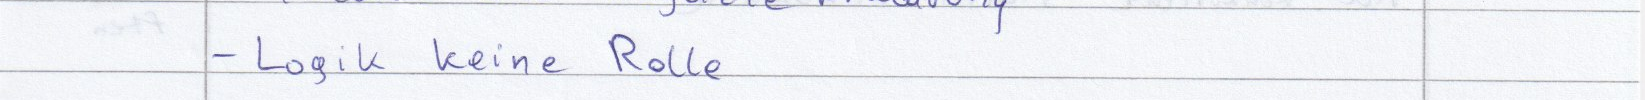
- Logik keine Rolle